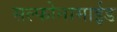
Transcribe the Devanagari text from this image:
सल्फोनामाईड